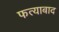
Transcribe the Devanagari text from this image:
फत्याबाद